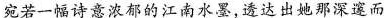
宛若一幅诗意浓郁的江南水墨，透达出她那深邃而